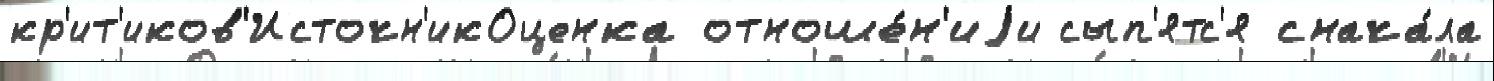
кр'ит'иков'Источн'икОценка отноше́н'иjи сып'ятс'я снача́ла